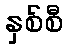
နှစ်စီ